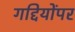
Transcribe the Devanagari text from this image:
गद्दियोंपर